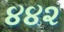
૪૪૨